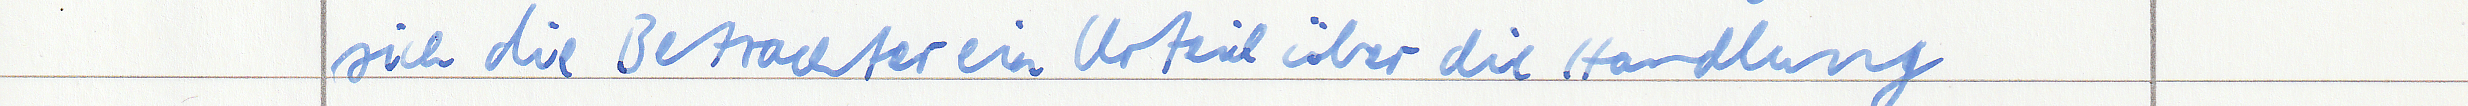
sich die Betrachter ein Urteil über die Handlung